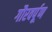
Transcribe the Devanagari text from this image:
गौरवर्पूण